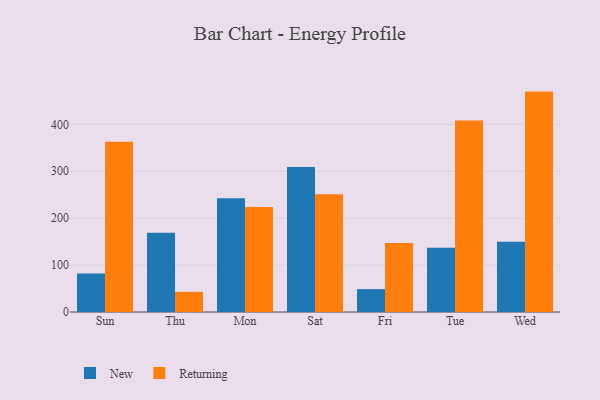
{"axis": {"x": "Day", "y": "Customer Acquisition Cost (USD)"}, "legend": ["New", "Returning"], "data": [{"x": "Sun", "y": 82.3, "type": "New"}, {"x": "Sun", "y": 363.1, "type": "Returning"}, {"x": "Thu", "y": 168.7, "type": "New"}, {"x": "Thu", "y": 43.0, "type": "Returning"}, {"x": "Mon", "y": 242.3, "type": "New"}, {"x": "Mon", "y": 224.0, "type": "Returning"}, {"x": "Sat", "y": 309.0, "type": "New"}, {"x": "Sat", "y": 251.0, "type": "Returning"}, {"x": "Fri", "y": 48.7, "type": "New"}, {"x": "Fri", "y": 147.2, "type": "Returning"}, {"x": "Tue", "y": 137.0, "type": "New"}, {"x": "Tue", "y": 408.4, "type": "Returning"}, {"x": "Wed", "y": 149.8, "type": "New"}, {"x": "Wed", "y": 469.9, "type": "Returning"}]}